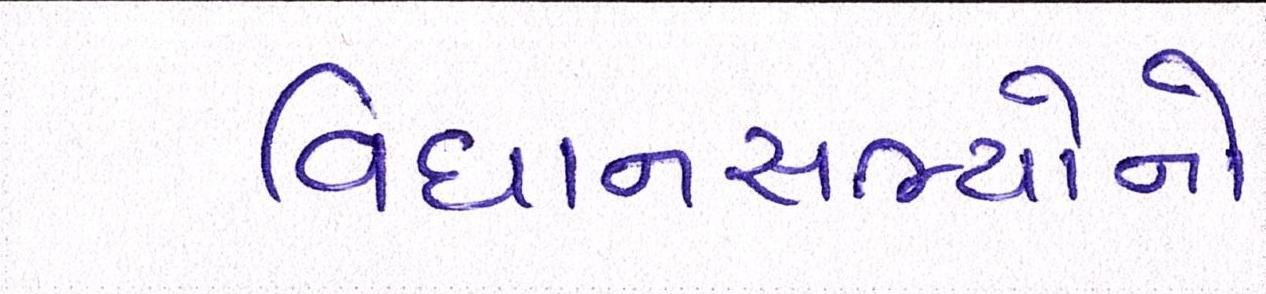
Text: વિધાનસભ્યોનો